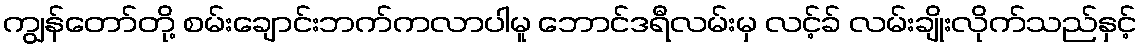
ကျွန်တော်တို့ စမ်းချောင်းဘက်ကလာပါမူ ဘောင်ဒရီလမ်းမှ လင့်ခ် လမ်းချိုးလိုက်သည်နှင့်